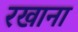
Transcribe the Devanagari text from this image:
रखाना